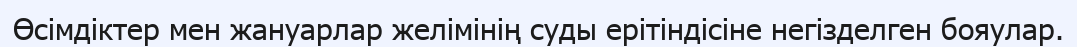
Өсімдіктер мен жануарлар желімінің суды ерітіндісіне негізделген бояулар.